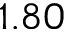
1 . 8 0